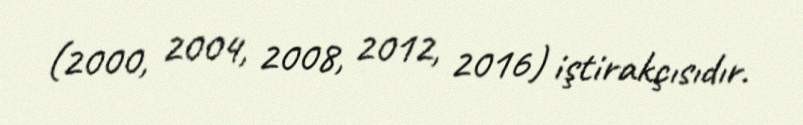
(2000, 2004, 2008, 2012, 2016) iştirakçısıdır.